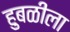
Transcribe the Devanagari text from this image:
हुबळीला